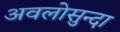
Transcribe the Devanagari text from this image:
अवलोसुन्दा